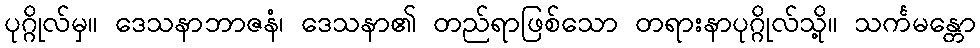
ပုဂ္ဂိုလ်မှ။ ဒေသနာဘာဇနံ၊ ဒေသနာ၏ တည်ရာဖြစ်သော တရားနာပုဂ္ဂိုလ်သို့။ သင်္ကမန္တော